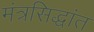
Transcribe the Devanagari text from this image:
मंत्रसिद्धांत